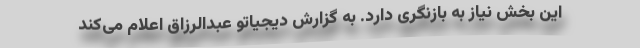
این بخش نیاز به بازنگری دارد. به گزارش دیجیاتو عبدالرزاق اعلام می‌کند